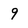
Character: 9